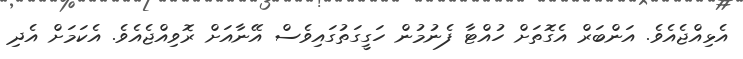
އެޅިއްޖެއެވެ. އަންބަރް އެގޮތަށް ހުއްޓާ ފެނުމުން ހަގީގަތުގައިވެސް އޭނާއަށް ރޮވިއްޖެއެވެ. އެކަމަށް އެދި